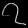
Digit: ၇